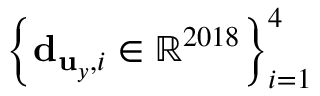
\left\{ { \bf d } _ { { \bf u } _ { y } , i } \in \mathbb { R } ^ { 2 0 1 8 } \right\} _ { i = 1 } ^ { 4 }